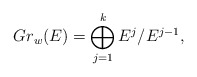
\begin{align*}Gr_w(E) = \bigoplus_{j =1}^{k} E^j / E^{j-1},\end{align*}